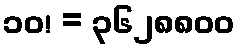
၁၀! = ၃၆၂၈၈၀၀